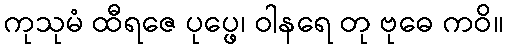
ကုသုမံ ထီရဇေ ပုပ္ဖေ၊ ဝါနရေ တု ဗုဓေ ကဝိ။